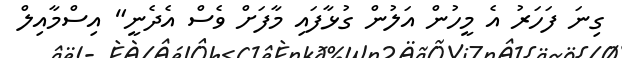
ގިނަ ފަހަރު އެ މީހުން އަލުން ގުޅާފައި މާފަށް ވެސް އެދެނީ" އިސްމާއިލް